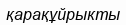
қарақұйрыкты